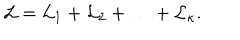
LaTeX: { \cal L } = { \cal L } _ { 1 } + { \cal L } _ { 2 } + \ldots + { \cal L } _ { \kappa } .